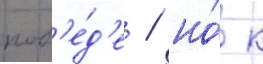
поб'е́д'е / но́ к